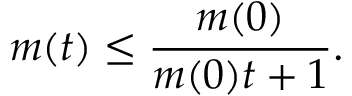
m ( t ) \leq \frac { m ( 0 ) } { m ( 0 ) t + 1 } .